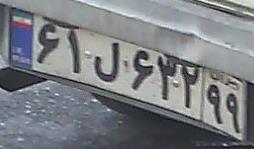
۶۱ل۶۳۲۹۹